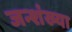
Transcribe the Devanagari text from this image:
जन्शंख्या